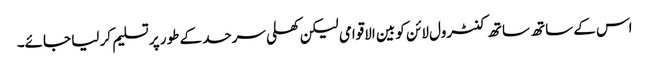
اس کے ساتھ ساتھ کنٹرول لائن کو بین الاقوامی لیکن کھلی سرحد کے طور پر تسلیم کر لیا جائے۔